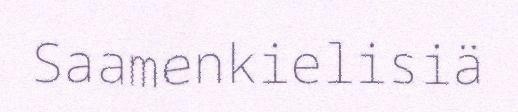
Saamenkielisiä